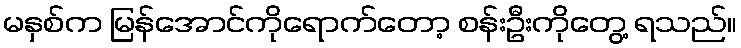
မနှစ်က မြန်အောင်ကိုရောက်တော့ စန်းဦးကိုတွေ့ ရသည်။